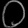
Digit: ၀